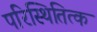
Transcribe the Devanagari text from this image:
परिस्थितित्क